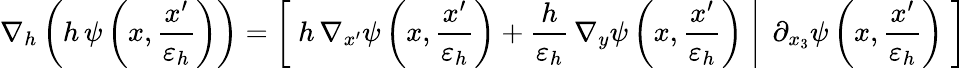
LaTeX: \nabla_{h}\left(h\, \psi\left(x,\frac{x^{\prime}}{{\varepsilon_{h}}}\right)\right)=\left[\; h\, \nabla_{x^{\prime}}\psi\left(x,\frac{x^{\prime}}{{\varepsilon_{h}}}\right)+\frac{h}{{\varepsilon_{h}}}\, \nabla_{y}\psi\left(x,\frac{x^{\prime}}{{\varepsilon_{h}}}\right)\; \right|\left.\; \partial_{x_{3}}\psi\left(x,\frac{x^{\prime}}{{\varepsilon_{h}}}\right)\; \right]